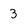
Character: 3